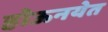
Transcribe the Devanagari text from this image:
होऊनयेत